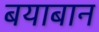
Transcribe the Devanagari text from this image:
बयाबान